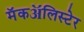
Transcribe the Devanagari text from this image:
मॅकॲलिस्टेर